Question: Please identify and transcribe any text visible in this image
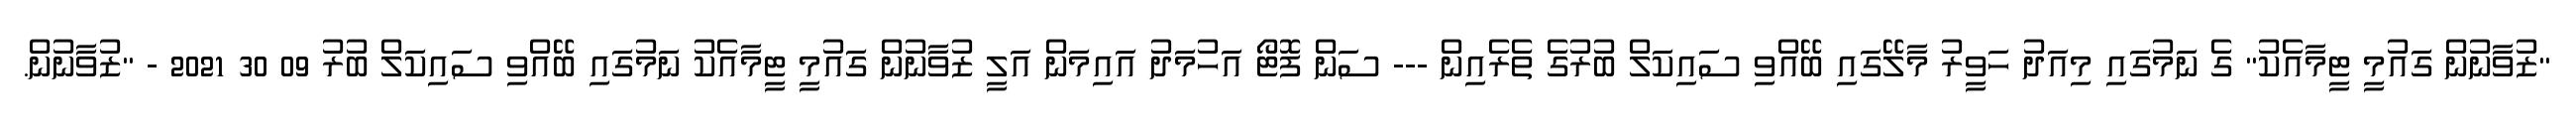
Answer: "ޒުވާނުން ގައުމީ ޓީމާއެކު" ގެ ނަމުގައި މިއަދު ހަވީރު މާލޭގައި ބޭއްވި ސައިކަލް ބުރުގެ ތެރެއިން --- ސަން ފޮޓޯ އަހުމަދު އައިމަން އަލީ ޒުވާނުން ގައުމީ ޓީމާއެކު ނަމުގައި ބޭއްވި ސައިކަލް ބުރު 09 30 2021 - "ޒުވާނުން.